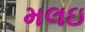
મલઇ